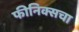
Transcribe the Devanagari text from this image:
फीनिक्सचा